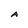
Character: A